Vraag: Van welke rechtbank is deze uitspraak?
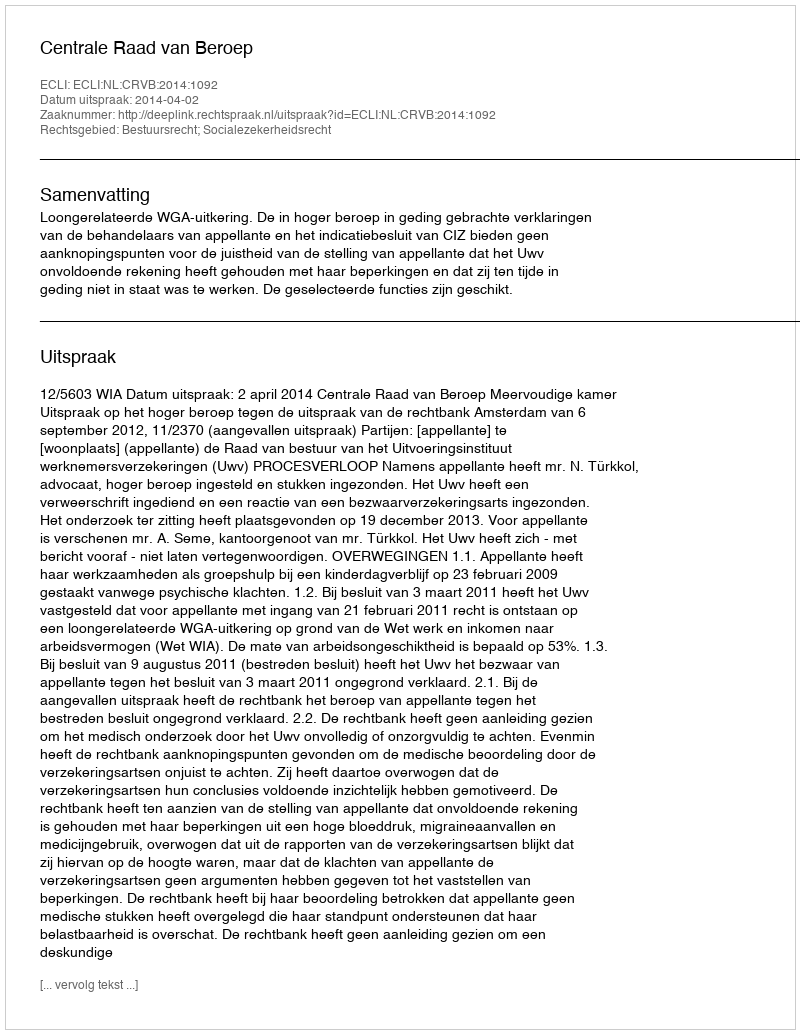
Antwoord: Centrale Raad van Beroep